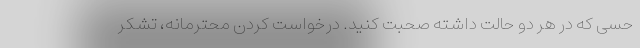
حسی که در هر دو حالت داشته صحبت کنید. درخواست کردن محترمانه، تشکر